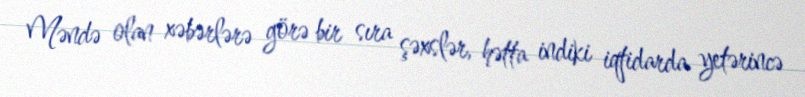
Məndə olan xəbərlərə görə bir sıra şəxslər, hətta indiki iqtidarda yetərincə